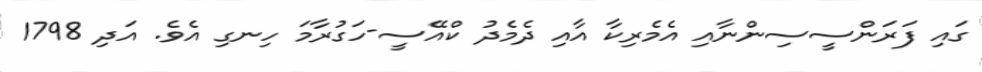
ގައި ފަރަންސީސިންނާއި އެމެރިކާ އާއި ދެމެދު ކްއޭސީ-ހަގުރާމަ ހިނގި އެވެ. އަދި 1798